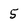
Character: 5